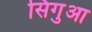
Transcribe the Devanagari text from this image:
सिगुआ